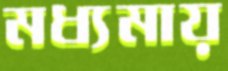
মধ্যমায়